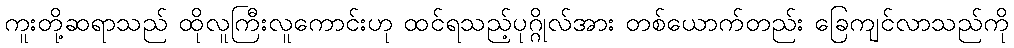
ကူးတို့ဆရာသည် ထိုလူကြီးလူကောင်းဟု ထင်ရသည့်ပုဂ္ဂိုလ်အား တစ်ယောက်တည်း ခြေကျင်လာသည်ကို